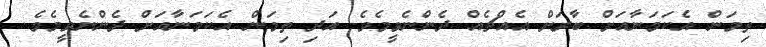
ތިމަން އެކަމަނާއަށް ބާރަށް އެއްޗެއް ދެންނެވީމެވެ. އަދި ތިމަން އެކަމަނާއަށް ދެންނެވީމެވެ.